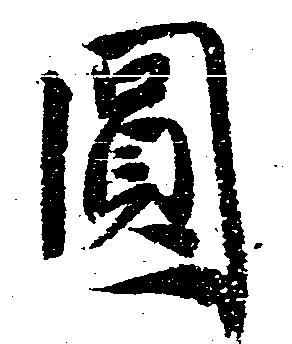
円